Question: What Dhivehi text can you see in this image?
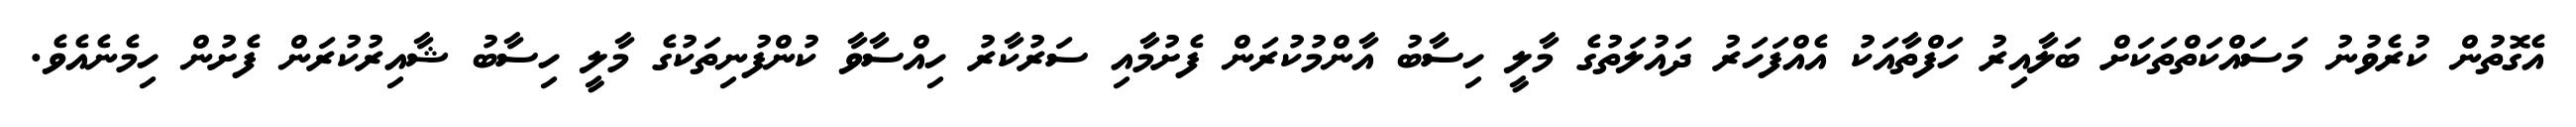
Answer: އެގޮތުން ކުރެވުނު މަސައްކަތްތަކަށް ބަލާއިރު ހަފްތާއަކު އެއްފަހަރު ދައުލަތުގެ މާލީ ހިސާބު އާންމުކުރަން ފެށުމާއި ސަރުކާރު ހިއްސާވާ ކުންފުނިތަކުގެ މާލީ ހިސާބު ޝާއިރުކުރަން ފެށުން ހިމެނެއެވެ.